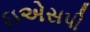
ઇએસપી